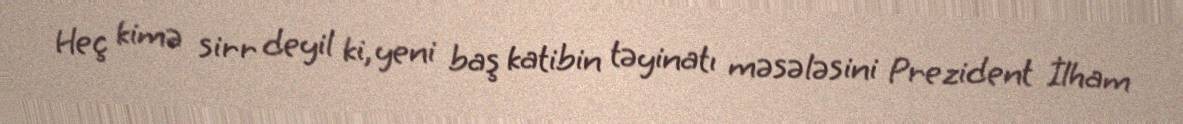
Heç kimə sirr deyil ki, yeni baş katibin təyinatı məsələsini Prezident İlham